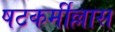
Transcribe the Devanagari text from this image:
षटकर्मील्लास